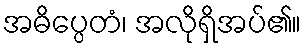
အဓိပ္ပေတံ၊ အလိုရှိအပ်၏။